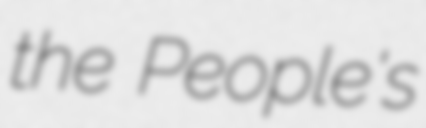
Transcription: the People's